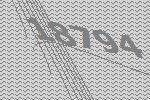
18794